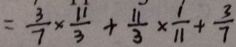
= \frac { 3 } { 7 } \times \frac { 1 1 } { 3 } + \frac { 1 1 } { 3 } \times \frac { 1 } { 1 1 } + \frac { 3 } { 7 }